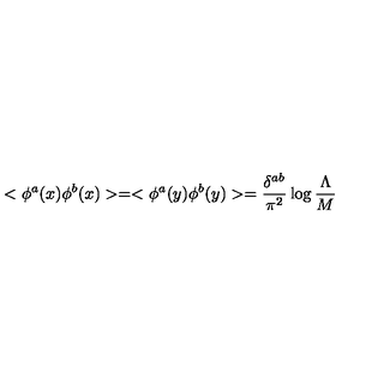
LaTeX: < \phi ^ { a } ( x ) \phi ^ { b } ( x ) > = < \phi ^ { a } ( y ) \phi ^ { b } ( y ) > = \frac { \delta ^ { a b } } { \pi ^ { 2 } } \log \frac { \Lambda } { M }